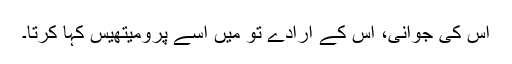
اس کی جوانی، اس کے ارادے تو میں اُسے پرومیتھیس کہا کرتا۔